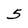
Character: 5